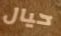
حيال